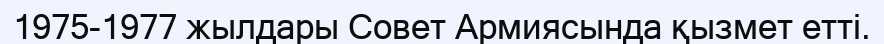
1975-1977 жылдары Совет Армиясында қызмет етті.